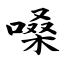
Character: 嗓